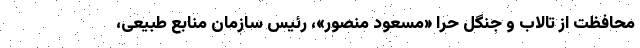
محافظت از تالاب و جنگل حرّا «مسعود منصور»، رئیس سازمان منابع طبیعی،